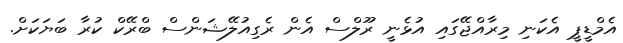
އެމްޑީޕީ އެކަނި މިރާއްޖޭގައި އުޅެނީ ރޫލްްސް އެން ރެގިއުލޭޝަންސް ބްރޭކް ކުރާ ބަޔަކަށް.